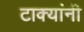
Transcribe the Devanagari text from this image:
टाक्यांनी